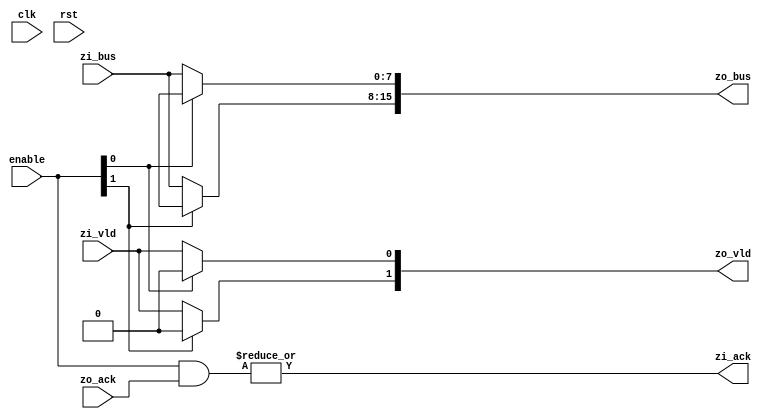
module zbus_demux #(
  parameter BW  = 8,                // bus width
  parameter BN  = 2,                // number of busses
  parameter DI  = 1'bx              // data idle value
)(
  // system signals
  input  wire              clk,     // system clock
  input  wire              rst,     // asinchronous reset
  // input ports
  input  wire              zi_vld,  // transfer valid
  input  wire     [BW-1:0] zi_bus,  // grouped bus signals
  output wor               zi_ack,  // transfer acknowledge
  // output port
  output wire     [BN-1:0] zo_vld,  // transfer valid
  output wire  [BW*BN-1:0] zo_bus,  // grouped bus signals
  input  wire     [BN-1:0] zo_ack,  // transfer acknowledge
  // contol signals
  input  wire     [BN-1:0] enable
);

genvar i;

// output ports de-multiplexer
generate for (i=0; i<BN; i=i+1) begin : loop_mux
assign zo_vld [i       ] = enable [i] ?     1'b0 : zi_vld;
assign zo_bus [i*BW+:BW] = enable [i] ? {BW{DI}} : zi_bus;
end endgenerate

// input port enable
assign zi_ack = |(enable & zo_ack);

endmodule